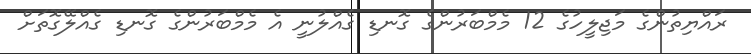
ރައްޔިތުންގެ މަޖިލީހުގެ 12 މެމްބަރުންގެ ގޮނޑި ގެއްލުނީ އެ މެމްބަރުންގެ ގޮނޑި ގެއްލޭގޮތަށް